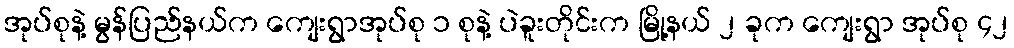
အုပ်စုနဲ့ မွန်ပြည်နယ်က ကျေးရွာအုပ်စု ၁ စုနဲ့ ပဲခူးတိုင်းက မြို့နယ် ၂ ခုက ကျေးရွာ အုပ်စု ၄၂